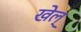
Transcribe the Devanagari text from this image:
खेल्